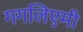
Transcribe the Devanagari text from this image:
गगलिएमी